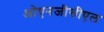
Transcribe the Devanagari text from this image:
ओएनजीसीएल